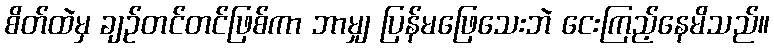
စိတ်ထဲမှ ချဉ်တင်တင်ဖြစ်ကာ ဘာမျှ ပြန်မဖြေသေးဘဲ ငေးကြည့်နေမိသည်။